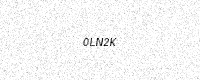
Text: 0LN2K